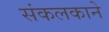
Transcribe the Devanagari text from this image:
संकलकाने